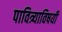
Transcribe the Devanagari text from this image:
पावित्र्याविषयी